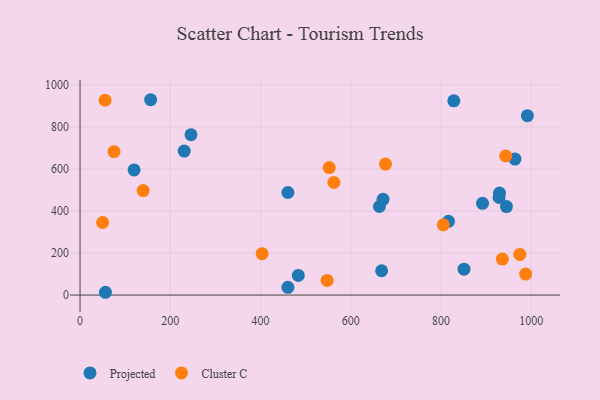
{"axis": {"x": "Engine Size", "y": "Profit"}, "legend": ["Cluster C", "Projected"], "data": [{"x": "929.5", "y": 485.8, "type": "Projected"}, {"x": "816.4", "y": 350.9, "type": "Projected"}, {"x": "891.8", "y": 436.4, "type": "Projected"}, {"x": "56.2", "y": 13.2, "type": "Projected"}, {"x": "944.8", "y": 421.1, "type": "Projected"}, {"x": "156.4", "y": 929.7, "type": "Projected"}, {"x": "850.8", "y": 123.2, "type": "Projected"}, {"x": "460.5", "y": 36.7, "type": "Projected"}, {"x": "230.8", "y": 685.2, "type": "Projected"}, {"x": "245.8", "y": 763.0, "type": "Projected"}, {"x": "460.5", "y": 488.0, "type": "Projected"}, {"x": "483.6", "y": 93.4, "type": "Projected"}, {"x": "119.7", "y": 595.5, "type": "Projected"}, {"x": "668.2", "y": 115.6, "type": "Projected"}, {"x": "928.5", "y": 464.2, "type": "Projected"}, {"x": "663.3", "y": 421.5, "type": "Projected"}, {"x": "828.2", "y": 924.6, "type": "Projected"}, {"x": "671.4", "y": 455.4, "type": "Projected"}, {"x": "991.2", "y": 853.7, "type": "Projected"}, {"x": "963.7", "y": 647.0, "type": "Projected"}, {"x": "139.7", "y": 497.5, "type": "Cluster C"}, {"x": "804.8", "y": 334.4, "type": "Cluster C"}, {"x": "552.1", "y": 606.8, "type": "Cluster C"}, {"x": "943.3", "y": 661.9, "type": "Cluster C"}, {"x": "50.0", "y": 345.2, "type": "Cluster C"}, {"x": "55.5", "y": 927.3, "type": "Cluster C"}, {"x": "547.6", "y": 69.5, "type": "Cluster C"}, {"x": "935.8", "y": 171.0, "type": "Cluster C"}, {"x": "987.3", "y": 99.6, "type": "Cluster C"}, {"x": "974.4", "y": 193.4, "type": "Cluster C"}, {"x": "562.5", "y": 536.2, "type": "Cluster C"}, {"x": "676.7", "y": 623.4, "type": "Cluster C"}, {"x": "75.3", "y": 682.5, "type": "Cluster C"}, {"x": "403.4", "y": 196.9, "type": "Cluster C"}]}